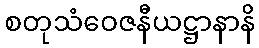
စတုသံဝေဇနီယဋ္ဌာနာနိ